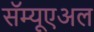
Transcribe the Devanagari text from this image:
सॅम्यूएअल